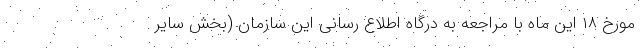
مورخ ۱۸ این ماه با مراجعه به درگاه اطلاع رسانی این سازمان (بخش سایر